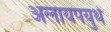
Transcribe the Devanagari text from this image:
अलायपयुथे